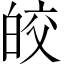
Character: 皎